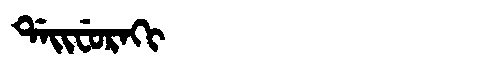
Manchu: ᡩᠠᡳᠸᡠᡵᠠᡴᡳ
Romanization: DAIFURAKI